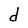
Character: d